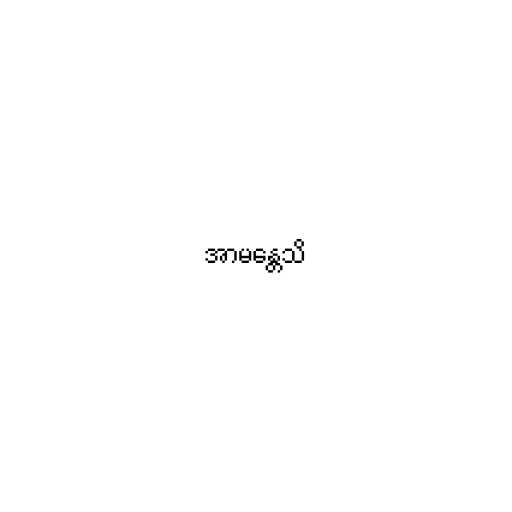
အာမန္တေသိ